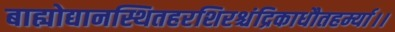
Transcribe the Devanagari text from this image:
बाह्योद्यानस्थितहरशिरश्चंद्रिकाधौतहर्म्या।।